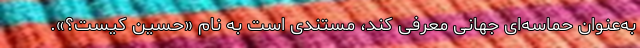
به‌عنوان حماسه‌ای جهانی معرفی کند، مستندی است به نام «حسین کیست؟».